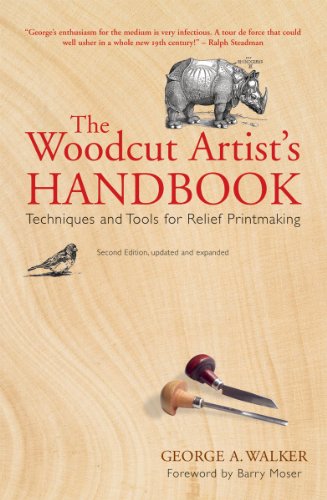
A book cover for The Woodcut Artist's Handbook: Techniques and Tools for Relief Printmaking (Woodcut Artist's Handbook: Techniques & Tools for Relief Printmaking); George Walker; Crafts, Hobbies & Home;